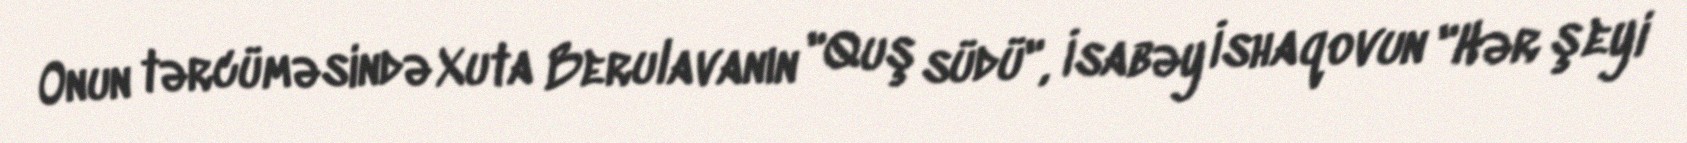
Onun tərcüməsində Xuta Berulavanın "Quş südü", İsabəy İshaqovun "Hər şeyi